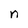
Character: n